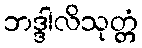
ဘဒ္ဒါလိသုတ္တံ